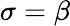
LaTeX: \sigma=\beta